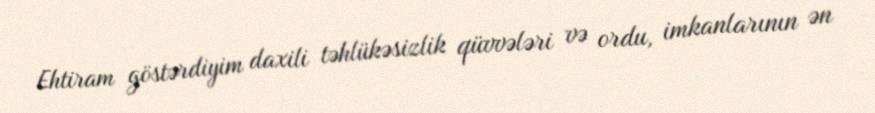
Ehtiram göstərdiyim daxili təhlükəsizlik qüvvələri və ordu, imkanlarının ən